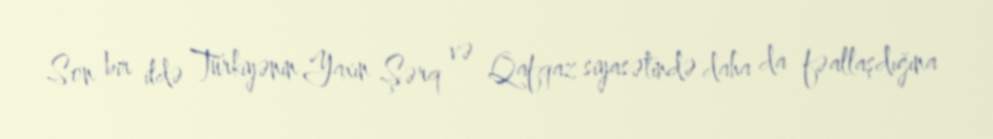
Son bir ildə Türkiyənin Yaxın Şərq və Qafqaz siyasətində daha da fəallaşdığına